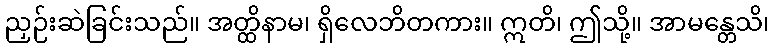
ညှဉ်းဆဲခြင်းသည်။ အတ္ထိနာမ၊ ရှိလေဘိတကား။ ဣတိ၊ ဤသို့။ အာမန္တေသိ၊